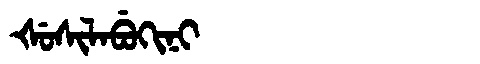
Manchu: ᡧᡠᠰᡳᠯᠠᠪᡠᡴᡳᠨᡳ
Romanization: ŠUSILABUKINI